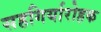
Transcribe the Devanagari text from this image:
सहगिर्यारोहक